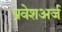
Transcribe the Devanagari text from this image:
प्रवेशअर्ज